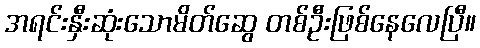
အရင်းနှီးဆုံးသောမိတ်ဆွေ တစ်ဦးဖြစ်နေလေပြီ။